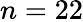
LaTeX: n=22